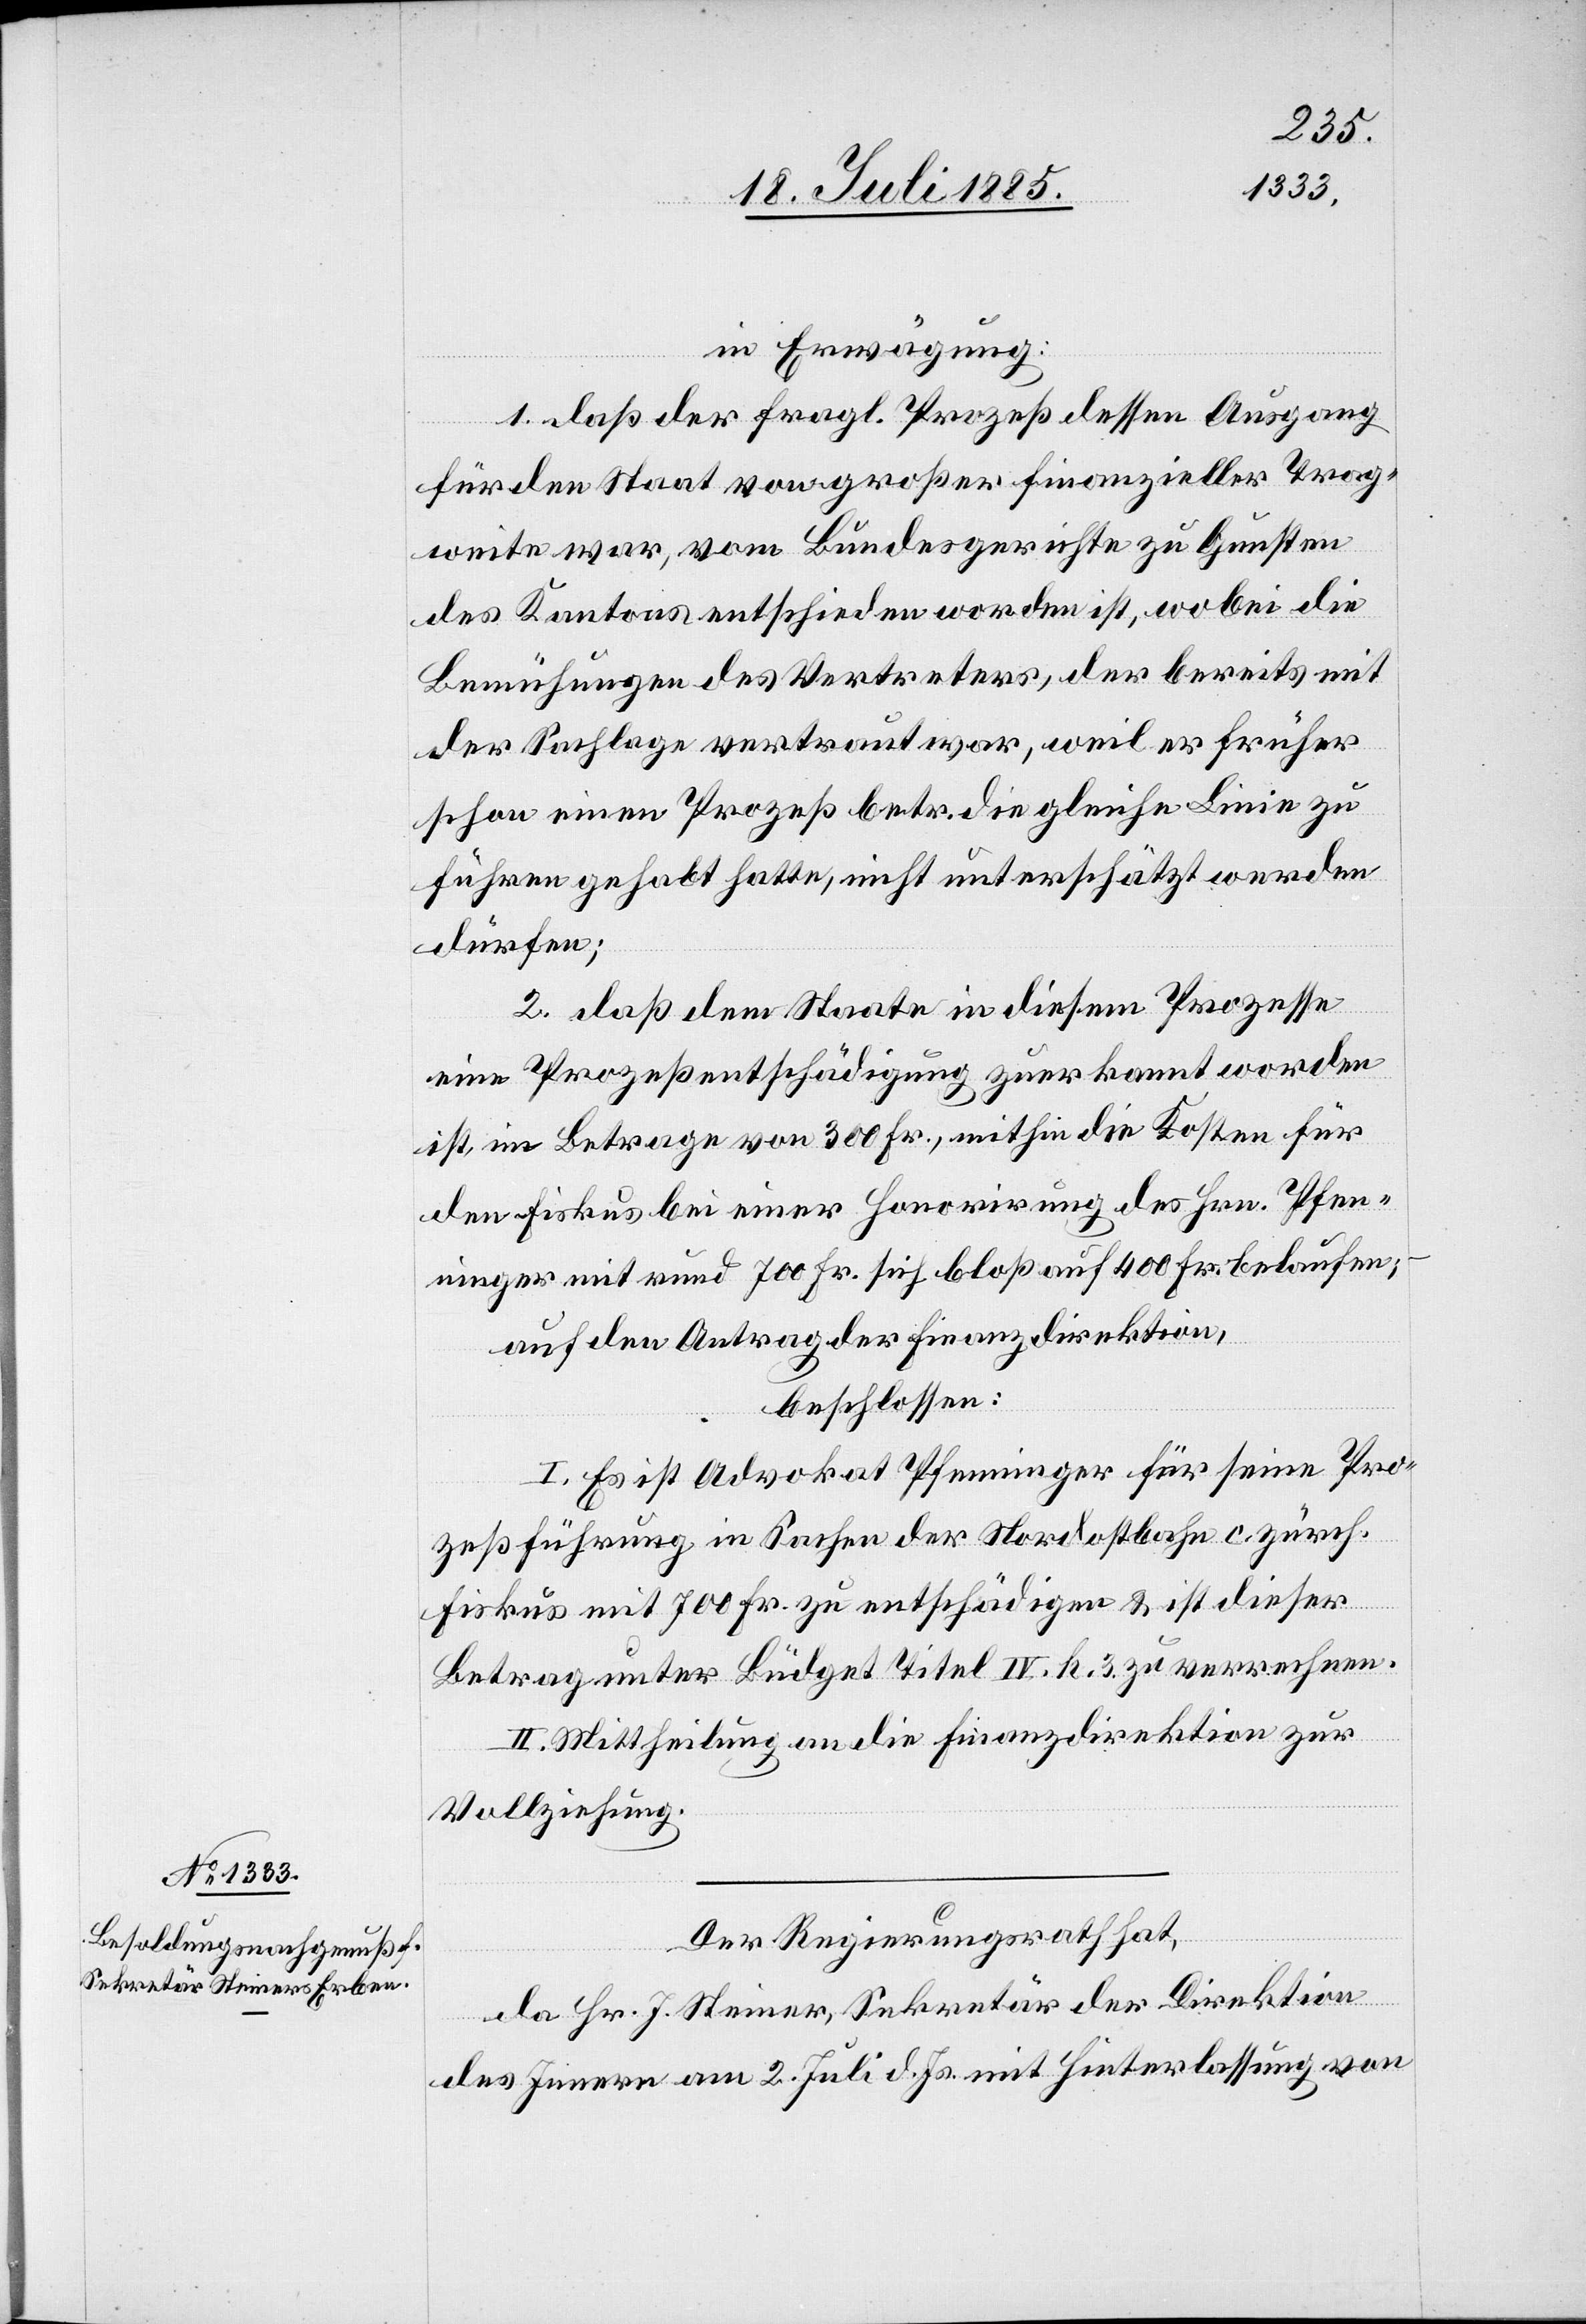
in Erwägung:
1. daß der fragl. Prozeß dessen Ausgang
für den Staat von großer finanzieller Trag¬
weite war, vom Bundesgerichte zu Gunsten
des Kantons entschieden worden ist, wobei die
Bemühungen des Vertreters, der bereits mit
der Sachlage vertraut war, weil er früher
schon einen Prozeß betr. die gleiche Linie zu
führen gehabt hatte, nicht unterschätzt werden
dürfen;
2. daß dem Staate in diesem Prozesse
eine Prozeßentschädigung zuerkannt worden
ist, im Betrag von 300 Fr., mithin die Kosten für
den Fiskus bei einer Honorirung des Hrn. Pfen¬
ninger mit rund 700 Fr. sich bloß auf 400 Fr. belaufen;
auf den Antrag der Finanzdirektion,
beschlossen:
I. Es ist Advokat Pfenninger für seine Pro¬
zeßführung in Sachen der Nordostbahn c. zürch.
Fiskus mit 700 Fr. zu entschädigen & ist dieser
Betrag unter Büdget Titel IV. k. 3 zu verrechnen.
II. Mittheilung an die Finanzdirektion zur
Vollziehung.
Der Regierungsrath hat,
da Hr. J. Steiner, Sekretär der Direktion
des Innern am 2. Juli d. Js. mit Hinterlassung von